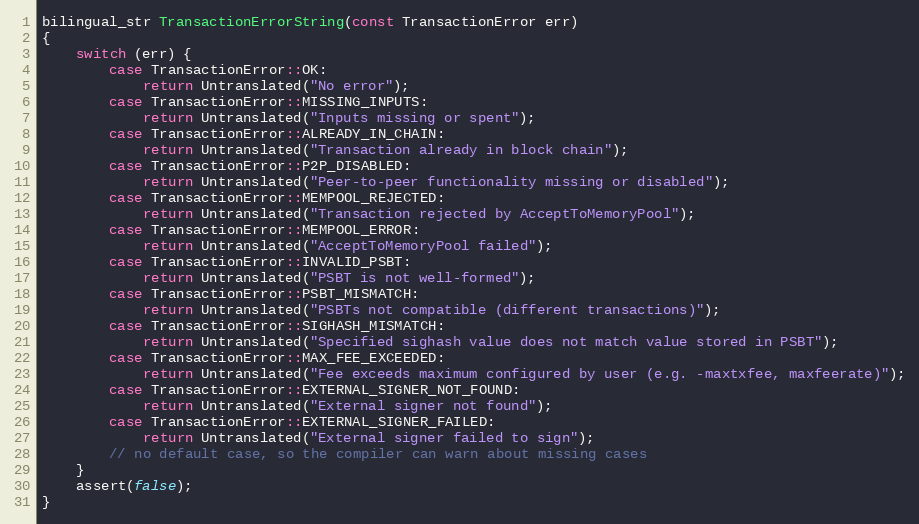
Language: C++
bilingual_str TransactionErrorString(const TransactionError err)
{
    switch (err) {
        case TransactionError::OK:
            return Untranslated("No error");
        case TransactionError::MISSING_INPUTS:
            return Untranslated("Inputs missing or spent");
        case TransactionError::ALREADY_IN_CHAIN:
            return Untranslated("Transaction already in block chain");
        case TransactionError::P2P_DISABLED:
            return Untranslated("Peer-to-peer functionality missing or disabled");
        case TransactionError::MEMPOOL_REJECTED:
            return Untranslated("Transaction rejected by AcceptToMemoryPool");
        case TransactionError::MEMPOOL_ERROR:
            return Untranslated("AcceptToMemoryPool failed");
        case TransactionError::INVALID_PSBT:
            return Untranslated("PSBT is not well-formed");
        case TransactionError::PSBT_MISMATCH:
            return Untranslated("PSBTs not compatible (different transactions)");
        case TransactionError::SIGHASH_MISMATCH:
            return Untranslated("Specified sighash value does not match value stored in PSBT");
        case TransactionError::MAX_FEE_EXCEEDED:
            return Untranslated("Fee exceeds maximum configured by user (e.g. -maxtxfee, maxfeerate)");
        case TransactionError::EXTERNAL_SIGNER_NOT_FOUND:
            return Untranslated("External signer not found");
        case TransactionError::EXTERNAL_SIGNER_FAILED:
            return Untranslated("External signer failed to sign");
        // no default case, so the compiler can warn about missing cases
    }
    assert(false);
}